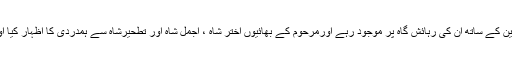
چیئرمین سینیٹ کچھ دیر مرحوم کے لواحقین کے ساتھ اُن کی رہائش گاہ پر موجود رہے اورمرحوم کے بھائیوں اختر شاہ ، اجمل شاہ اور تطحیرشاہ سے ہمدردی کا اظہار کیا اور مرحوم کے ایصال ثواب کیلئے دعا کی۔